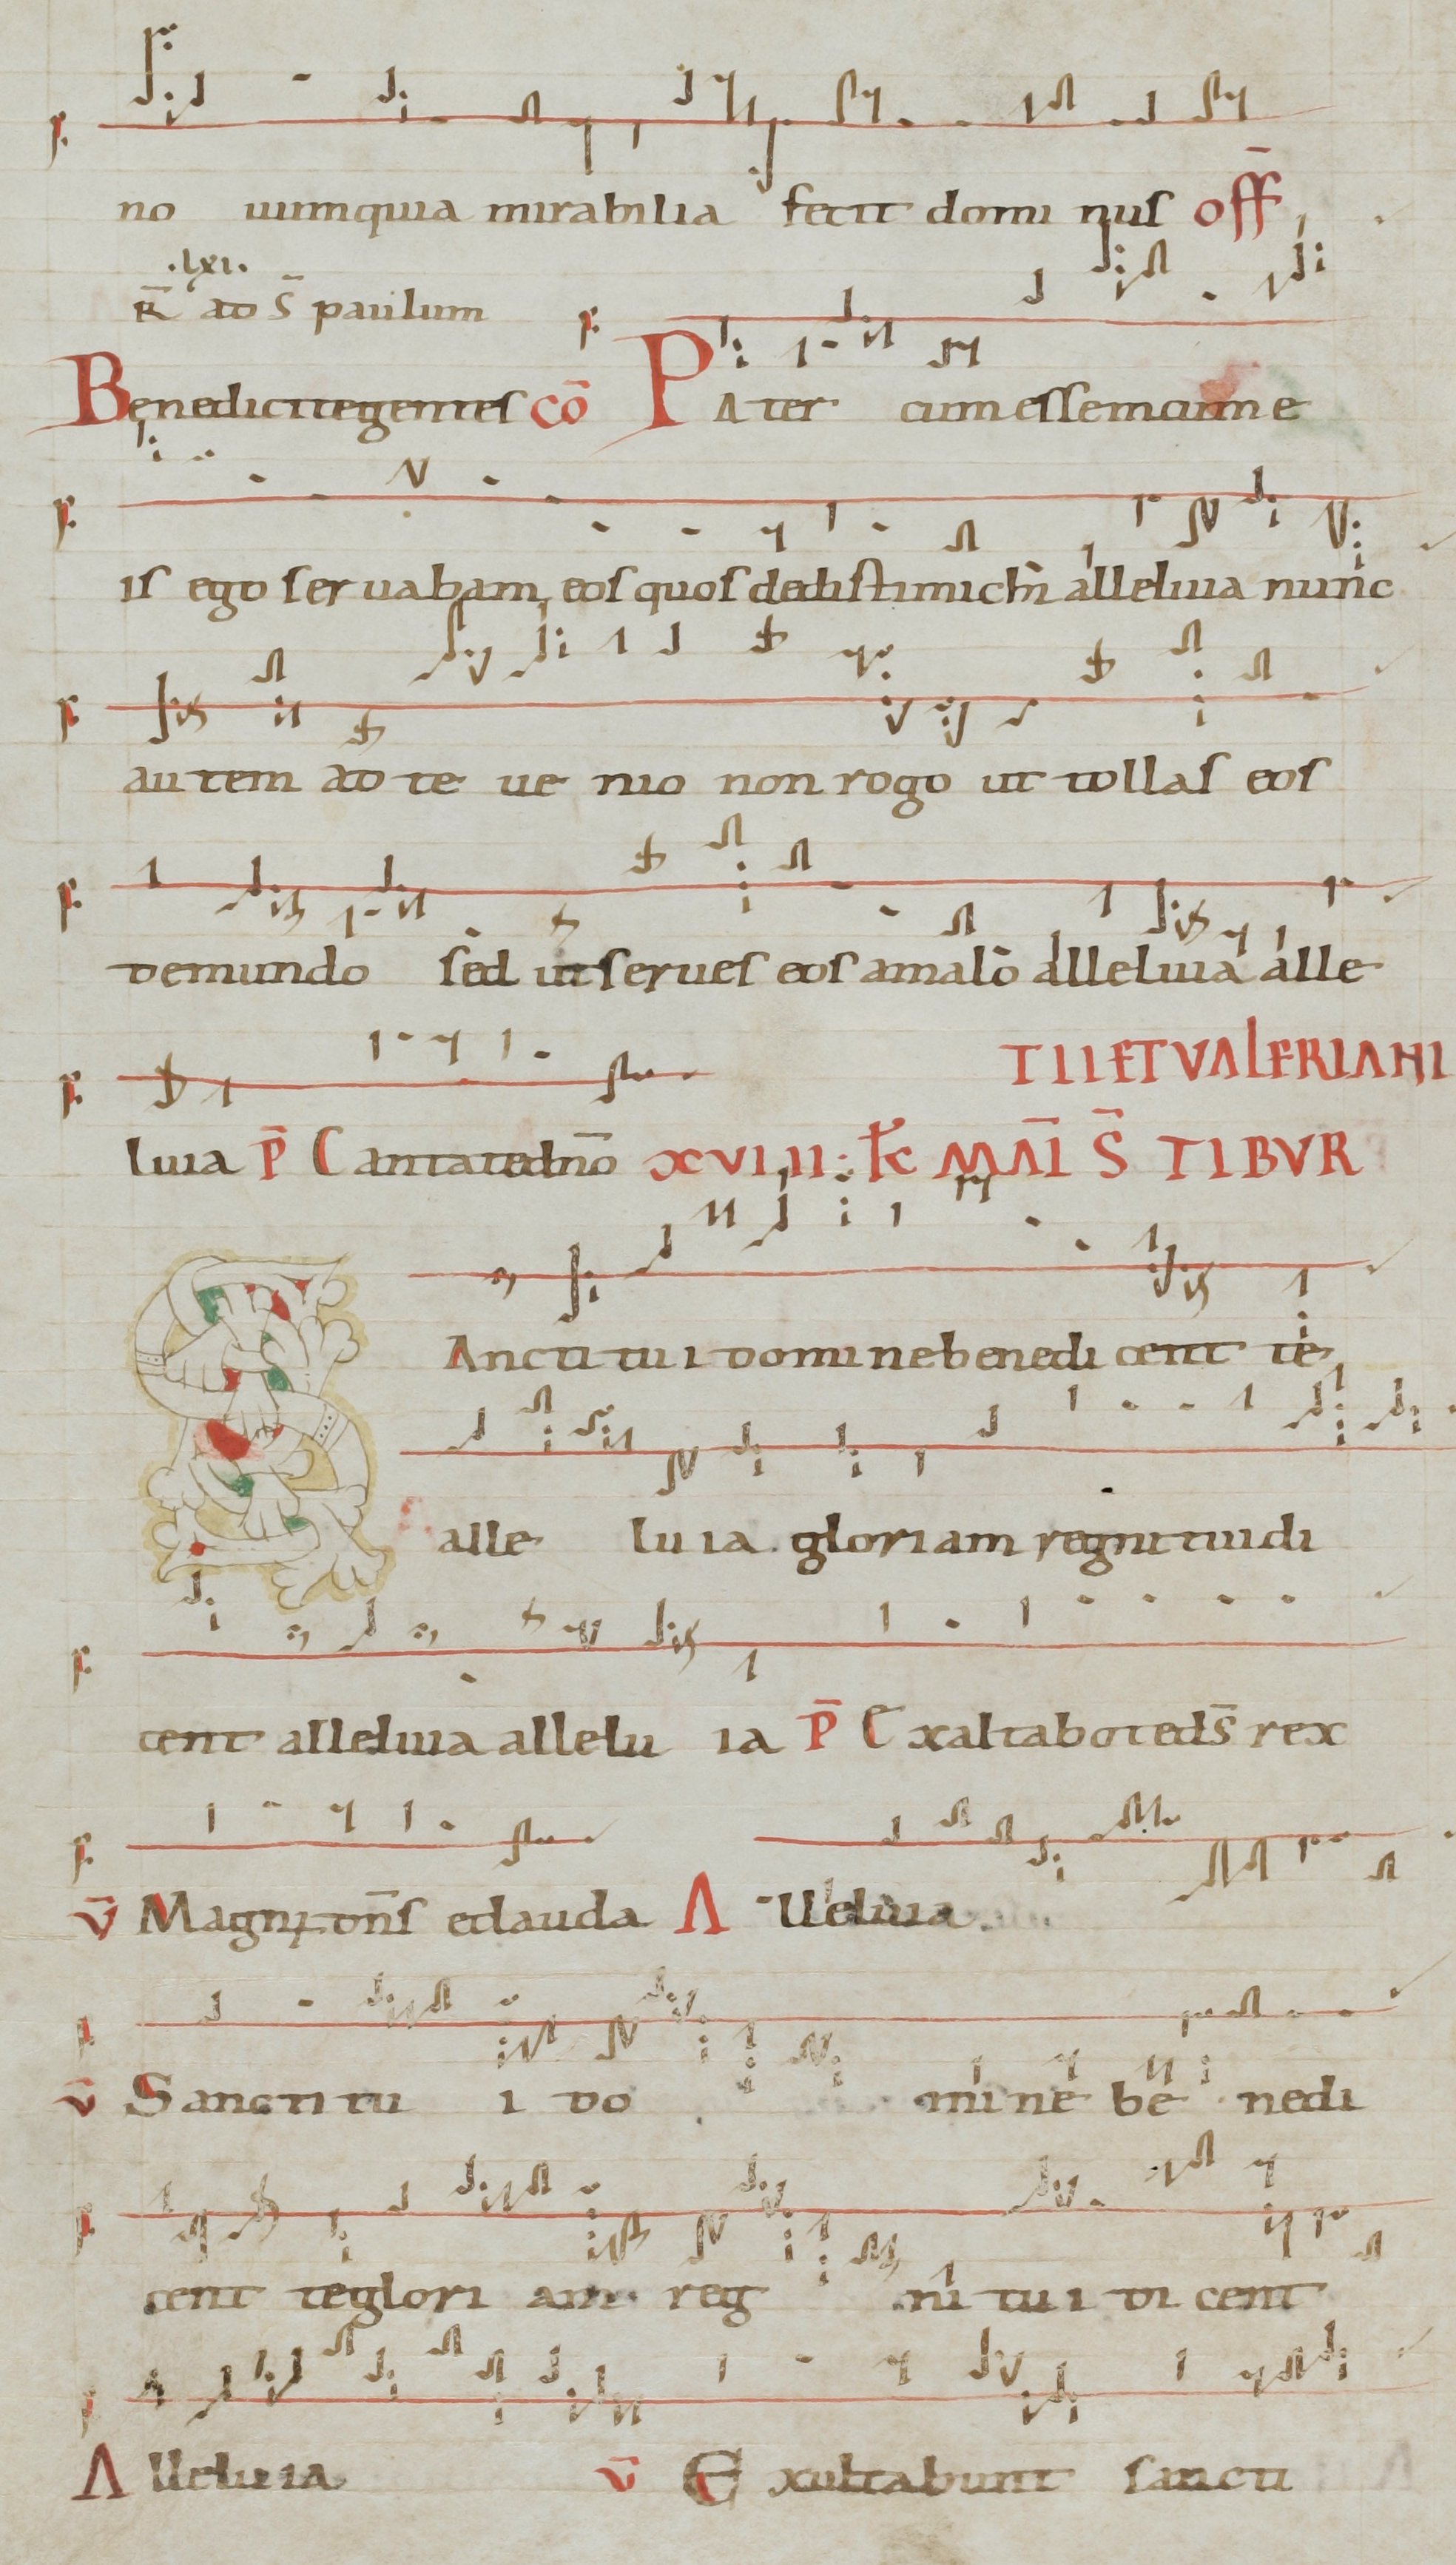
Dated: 1071–1071